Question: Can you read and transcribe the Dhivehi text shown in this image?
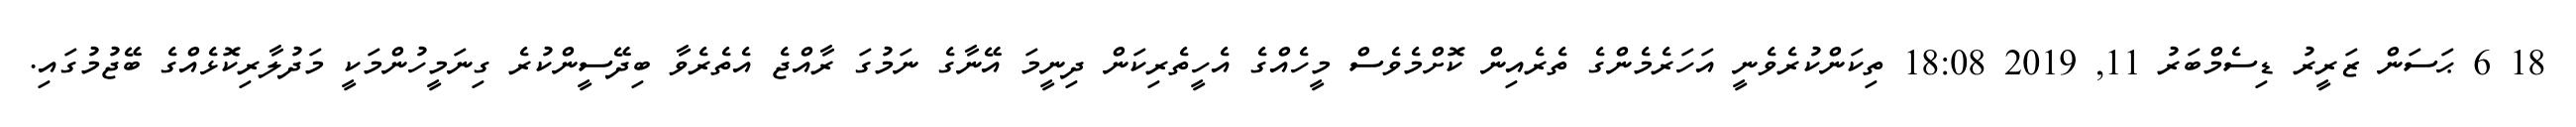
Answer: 18 6 ޙަސަން ޒަރީރު ޑިސެމްބަރު 11, 2019 18:08 ތިކަންކުރެވެނީ އަހަރެމެންގެ ތެރެއިން ކޮށްމެވެސް މީހެއްގެ އެހީތެރިކަން ދިނީމަ އޭނާގެ ނަމުގަ ރާއްޖެ އެތެރެވާ ބިދޭސީންކުރެ ގިނަމީހުންމަކީ މަދުލާރިކޮޅެއްގެ ބޭޖުމުގައި.